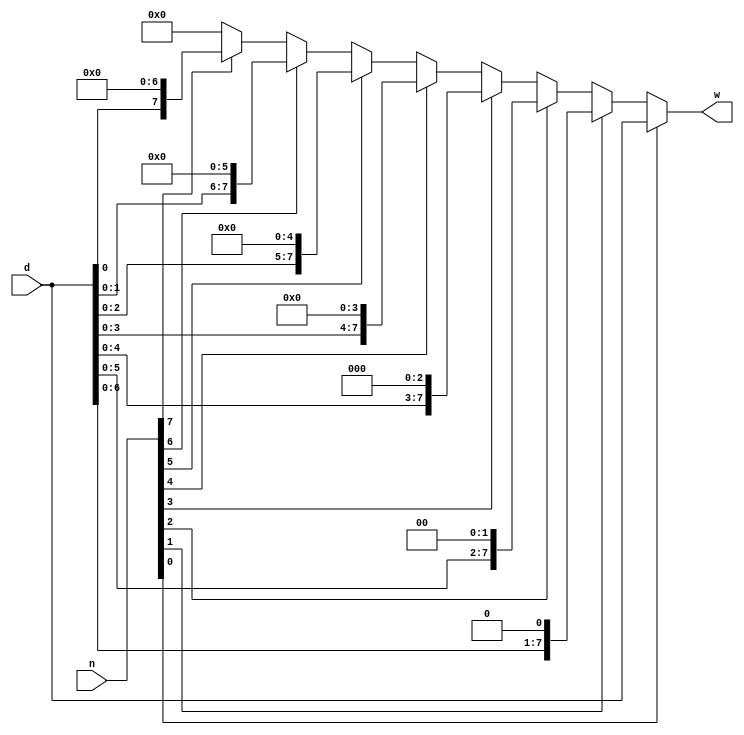
module CA2_Q11_Shifter(input[7:0] d,input[7:0] n, output[7:0] w);
  assign #(152,136) w=(n[0]?d[7:0]:(n[1]?{d[6:0],1'b0}:(n[2]?{d[5:0],2'b0}:(n[3]?{d[4:0],3'b0}:(n[4]?{d[3:0],4'b0}:(n[5]?{d[2:0],5'b0}:(n[6]?{d[1:0],6'b0}:(n[7]?{d[0:0],7'b0}:{8'b0}))))))));
endmodule